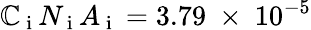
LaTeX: \mathbb{C}_{\mathrm{{~i~}}}N_{\mathrm{{~i~}}}A_{\mathrm{{~i~}}}=3.79~\times~10^{-5}